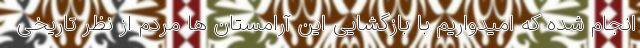
انجام شده که امیدواریم با بازگشایی این آرامستان ها مردم از نظر تاریخی